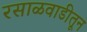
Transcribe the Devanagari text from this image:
रसाळवाडीतून